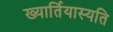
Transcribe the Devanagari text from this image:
ख्यार्तियास्यति